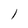
Character: l